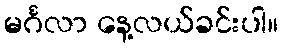
မင်္ဂလာ နေ့လယ်ခင်းပါ။